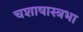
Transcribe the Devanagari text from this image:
चशाषास्त्रभा